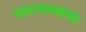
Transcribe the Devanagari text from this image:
घाटमाथ्याचा